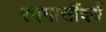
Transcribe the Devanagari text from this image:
रचनासौंदर्य